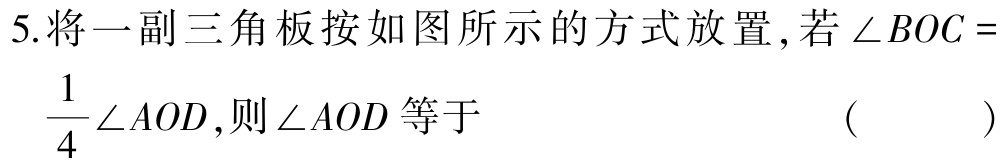
5.将一副三角板按如图所示的方式放置,若$\angle BOC = \frac{1}{4}\angle AOD$,则$\angle AOD$等于 （  ）